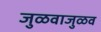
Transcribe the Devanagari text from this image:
जुळवाजुळव